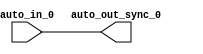
module IntSyncCrossingSource( // @[:freechips.rocketchip.system.DefaultRV32Config.fir@99766.2]
  input   auto_in_0, // @[:freechips.rocketchip.system.DefaultRV32Config.fir@99769.4]
  output  auto_out_sync_0 // @[:freechips.rocketchip.system.DefaultRV32Config.fir@99769.4]
);
  assign auto_out_sync_0 = auto_in_0; // @[LazyModule.scala 305:12:freechips.rocketchip.system.DefaultRV32Config.fir@99778.4]
endmodule